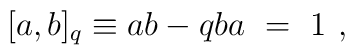
[a,b]_q \equiv ab  -  qba \ =\ 1\ ,